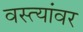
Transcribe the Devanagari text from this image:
वस्त्यांवर